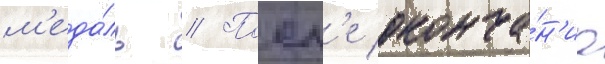
м'еда́ль // Посл'е оконча́н'иа